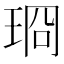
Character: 𪻣